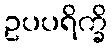
ဥပပရိက္ခိ